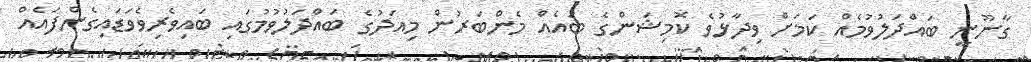
ގާނޫނީ ބައްދަލުވުމެއް ކަމަށް ވިދާޅުވެ ކޮމިޝަންގެ ބައެއް މެންބަރުން މިއަދުގެ ބައްދަލުވުމުގައި ބައިވެރިވެވަޑައިގެންފައެއް